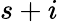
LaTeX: s+i